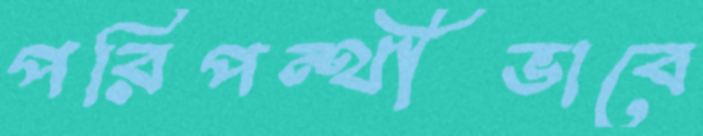
পরিপন্থীভাবে